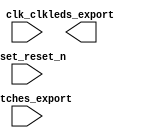

module nios2 (
	clk_clk,
	leds_export,
	reset_reset_n,
	switches_export);	

	input		clk_clk;
	output	[7:0]	leds_export;
	input		reset_reset_n;
	input	[7:0]	switches_export;
endmodule